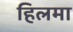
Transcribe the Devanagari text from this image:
हिलमा